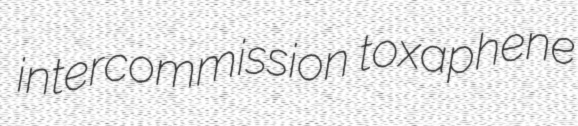
intercommission toxaphene